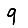
Digit: 9